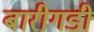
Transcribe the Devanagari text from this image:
बारीगडी